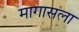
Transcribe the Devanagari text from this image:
मागासला